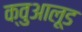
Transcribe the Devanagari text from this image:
क्वुआलूड